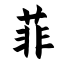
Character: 菲